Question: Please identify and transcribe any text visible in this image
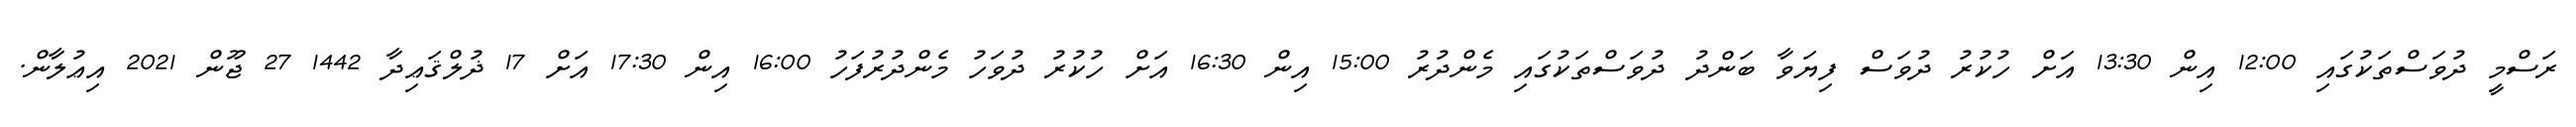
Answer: ރަސްމީ ދުވަސްތަކުގައި 12:00 އިން 13:30 އަށް ހުކުރު ދުވަސް ފިޔަވާ ބަންދު ދުވަސްތަކުގައި މެންދުރު 15:00 އިން 16:30 އަށް ހުކުރު ދުވަހު މެންދުރުފަހު 16:00 އިން 17:30 އަށް 17 ޛުލްޤަޢިދާ 1442 27 ޖޫން 2021 އިޢުލާން.